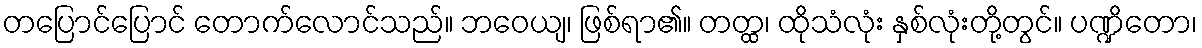
တပြောင်ပြောင် တောက်လောင်သည်။ ဘဝေယျ၊ ဖြစ်ရာ၏။ တတ္ထ၊ ထိုသံလုံး နှစ်လုံးတို့တွင်။ ပဏ္ဍိတော၊